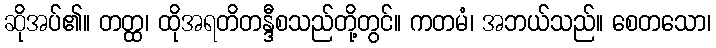
ဆိုအပ်၏။ တတ္ထ၊ ထိုအရတိတန္ဒီစသည်တို့တွင်။ ကတမံ၊ အဘယ်သည်။ စေတသော၊